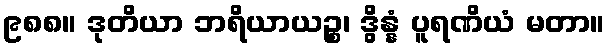
၉၈၈။ ဒုတိယာ ဘရိယာယဉ္စ၊ ဒွိန္နံ ပူရဏိယံ မတာ။